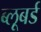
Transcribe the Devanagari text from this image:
ब्लूबर्ड